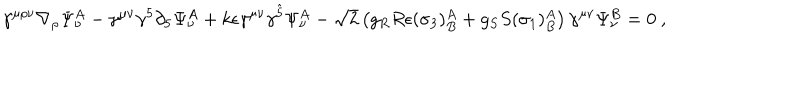
\gamma ^ { \mu \rho \nu } \nabla _ { \rho } \Psi _ { \nu } ^ { A } - \gamma ^ { \mu \nu } \gamma ^ { 5 } \partial _ { 5 } \Psi _ { \nu } ^ { A } + k \epsilon \gamma ^ { \mu \nu } \gamma ^ { \hat { 5 } } \Psi _ { \nu } ^ { A } - \sqrt { 2 } \left( g _ { R } R \epsilon ( \sigma _ { 3 } ) _ { B } ^ { A } + g _ { S } S ( \sigma _ { 1 } ) _ { B } ^ { A } \right) \gamma ^ { \mu \nu } \Psi _ { \nu } ^ { B } = 0 \ ,